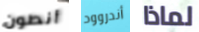
أنطون أندروود لماذا